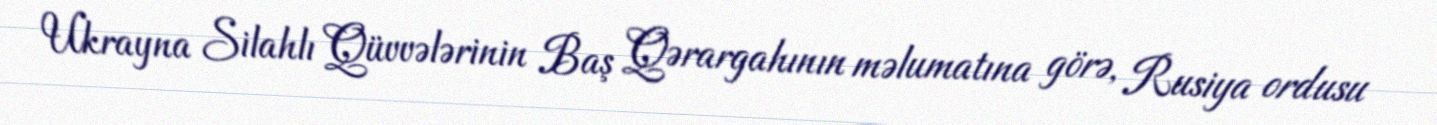
Ukrayna Silahlı Qüvvələrinin Baş Qərargahının məlumatına görə, Rusiya ordusu